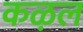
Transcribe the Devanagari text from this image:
कऴल